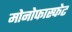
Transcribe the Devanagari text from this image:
मोनोफास्फेट